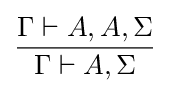
{\frac {\Gamma \vdash A,A,\Sigma }{\Gamma \vdash A,\Sigma }}